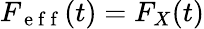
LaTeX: F_{\mathrm{~e~f~f~}}(t)=F_{X}(t)